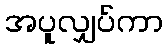
အပူလျှပ်ကာ